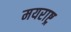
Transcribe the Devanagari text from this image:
मयराष्ट्र